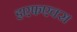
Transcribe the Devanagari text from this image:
इएफएक्स